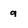
Character: 9